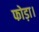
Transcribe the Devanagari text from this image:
फोड़ा।